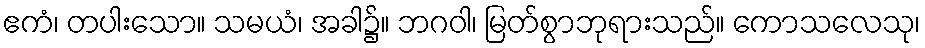
ဧကံ၊ တပါးသော။ သမယံ၊ အခါ၌။ ဘဂဝါ၊ မြတ်စွာဘုရားသည်။ ကောသလေသု၊